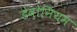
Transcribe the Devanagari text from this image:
डेवोनियम